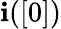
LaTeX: \mathbf{i}([0])